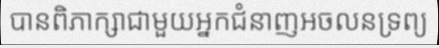
បានពិភាក្សាជាមួយអ្នកជំនាញអចលនទ្រព្យ